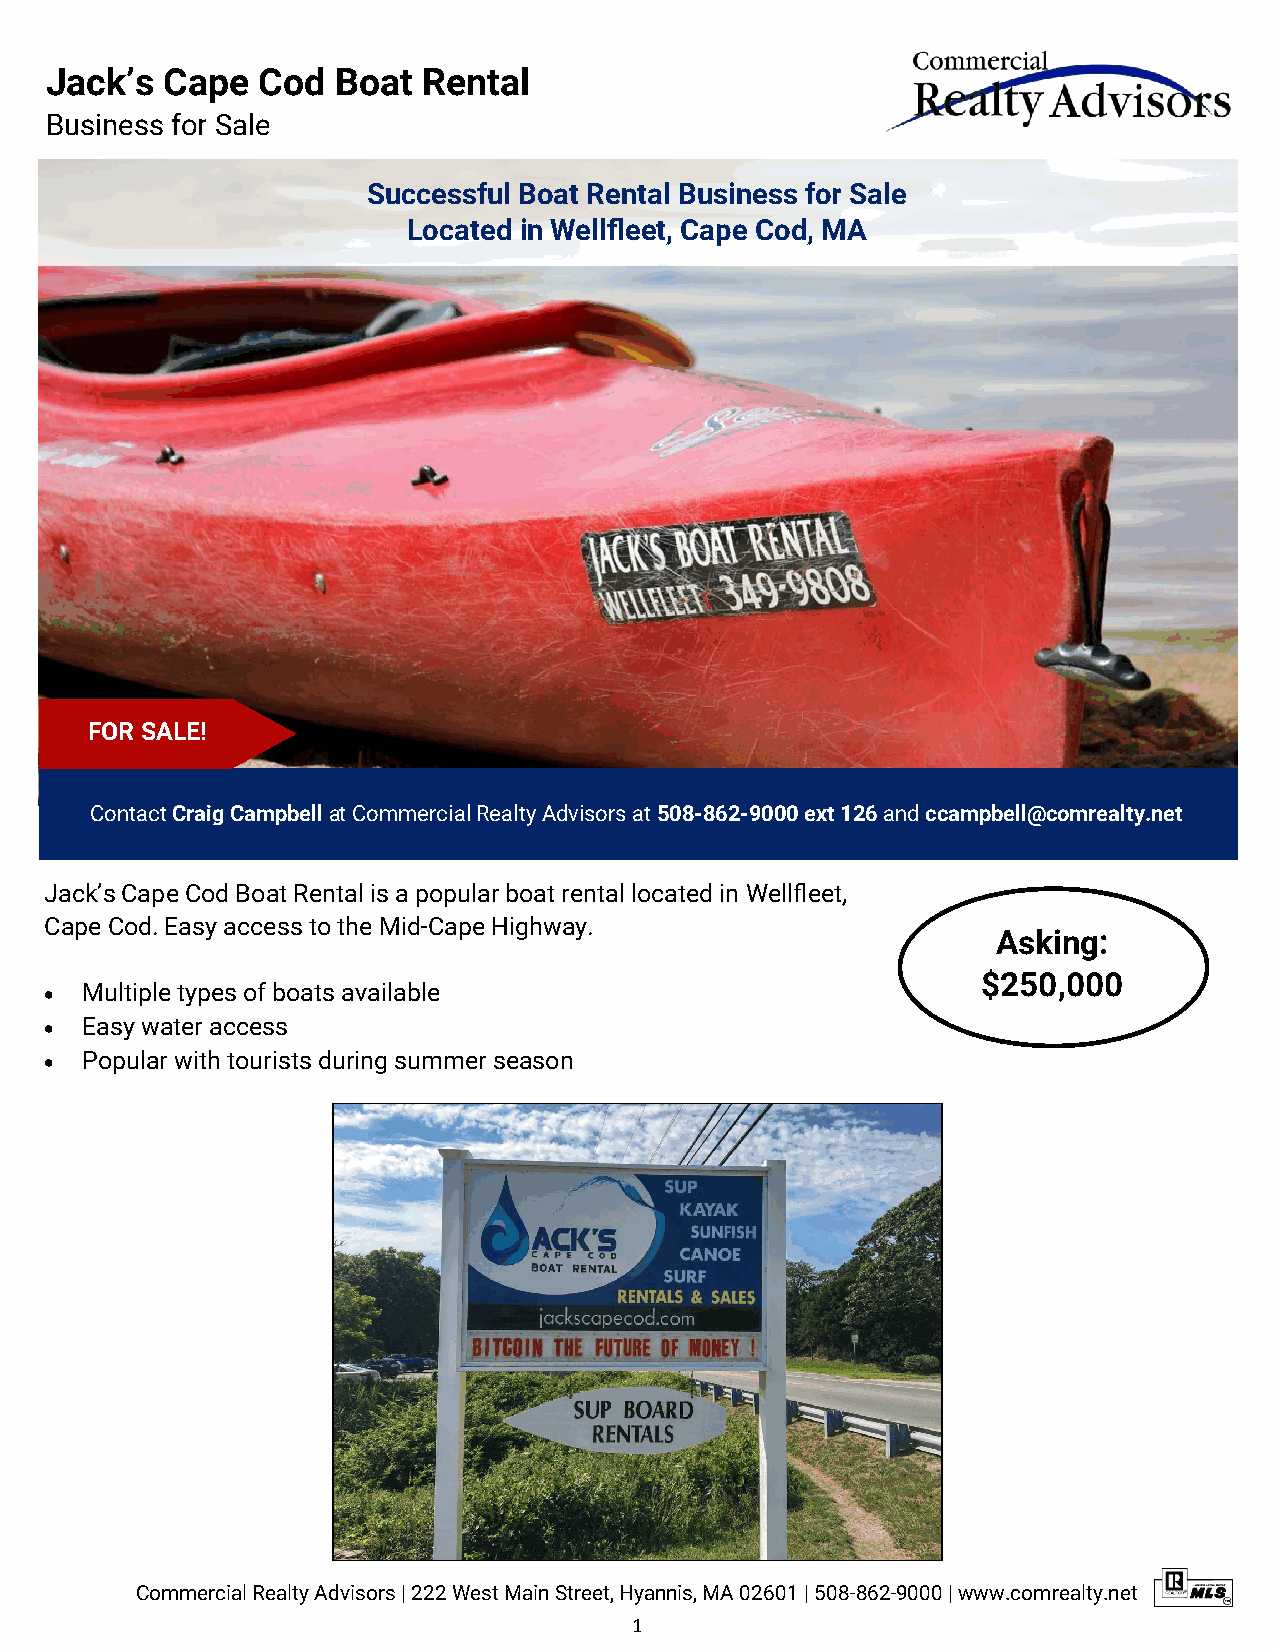
Jack’s  Cape  Cod  Boat  Rental
 Business for Sale
 Successful Boat Rental Business for Sale
 Located in Wellfleet, Cape Cod, MA
 FOR SALE!
 Contact Craig Campbell at Commercial Realty Advisors at 508-862-9000 ext 126 and ccampbell@comrealty.net
 Jack’s Cape Cod Boat Rental is a popular boat rental located in Wellfleet,
 Cape Cod. Easy access to the Mid-Cape Highway.
 Asking:
 $250,000
 • Multiple types of boats available
 • Easy water access
 • Popular with tourists during summer season
 Commercial Realty Advisors | 222 West Main Street, Hyannis, MA 02601 | 508-862-9000 | www.comrealty.net
 1